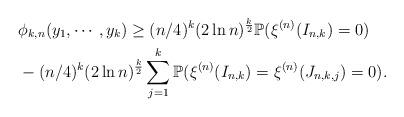
LaTeX: \begin{align*}&\phi_{k,n}(y_1,\cdots,y_k)\geq (n/4)^k(2\ln n)^{\frac{k}{2}}\mathbb{P}(\xi^{(n)}(I_{n,k})=0)\\ &-(n/4)^k(2\ln n)^{\frac{k}{2}}\sum_{j=1}^k\mathbb{P}(\xi^{(n)}(I_{n,k})=\xi^{(n)}(J_{n,k,j})=0).\end{align*}